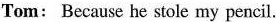
Tom: Because he stole my pencil.